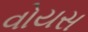
વોયસ